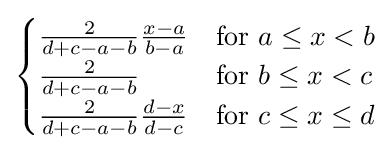
{\begin{cases}{\frac {2}{d+c-a-b}}{\frac {x-a}{b-a}}&{\text{for }}a\leq x<b\\{\frac {2}{d+c-a-b}}&{\text{for }}b\leq x<c\\{\frac {2}{d+c-a-b}}{\frac {d-x}{d-c}}&{\text{for }}c\leq x\leq d\end{cases}}